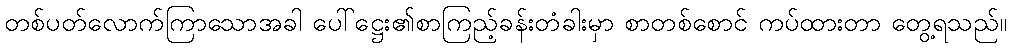
တစ်ပတ်လောက်ကြာသောအခါ ပေါ်ဋ္ဌေး၏စာကြည့်ခန်းတံခါးမှာ စာတစ်စောင် ကပ်ထားတာ တွေ့ရသည်။